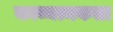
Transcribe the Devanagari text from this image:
काव्यत्मकता